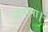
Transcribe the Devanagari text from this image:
ललामा।